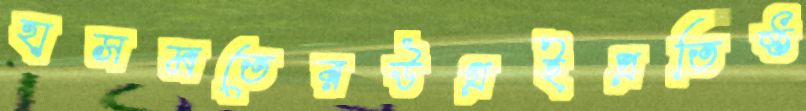
হাসমতেরউগ্‌রইপ্রতিষ্ঠ